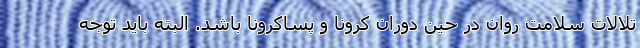
تلالات سلامت روان در حین دوران کرونا و پساکرونا باشد. البته باید توجه